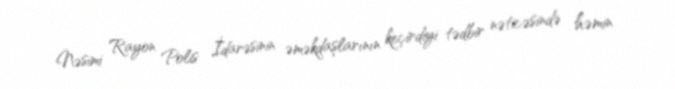
Nəsimi Rayon Polis İdarəsinin əməkdaşlarının keçirdiyi tədbir nəticəsində həmin